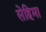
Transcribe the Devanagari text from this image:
सेहिमा